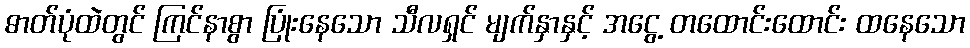
ဓာတ်ပုံထဲတွင် ကြင်နာစွာ ပြုံးနေသော သီလရှင် မျက်နှာနှင့် အငွေ့ တထောင်းထောင်း ထနေသော